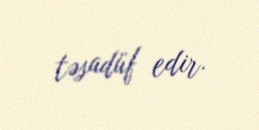
təsadüf edir.